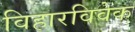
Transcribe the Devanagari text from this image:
विहारविवेक